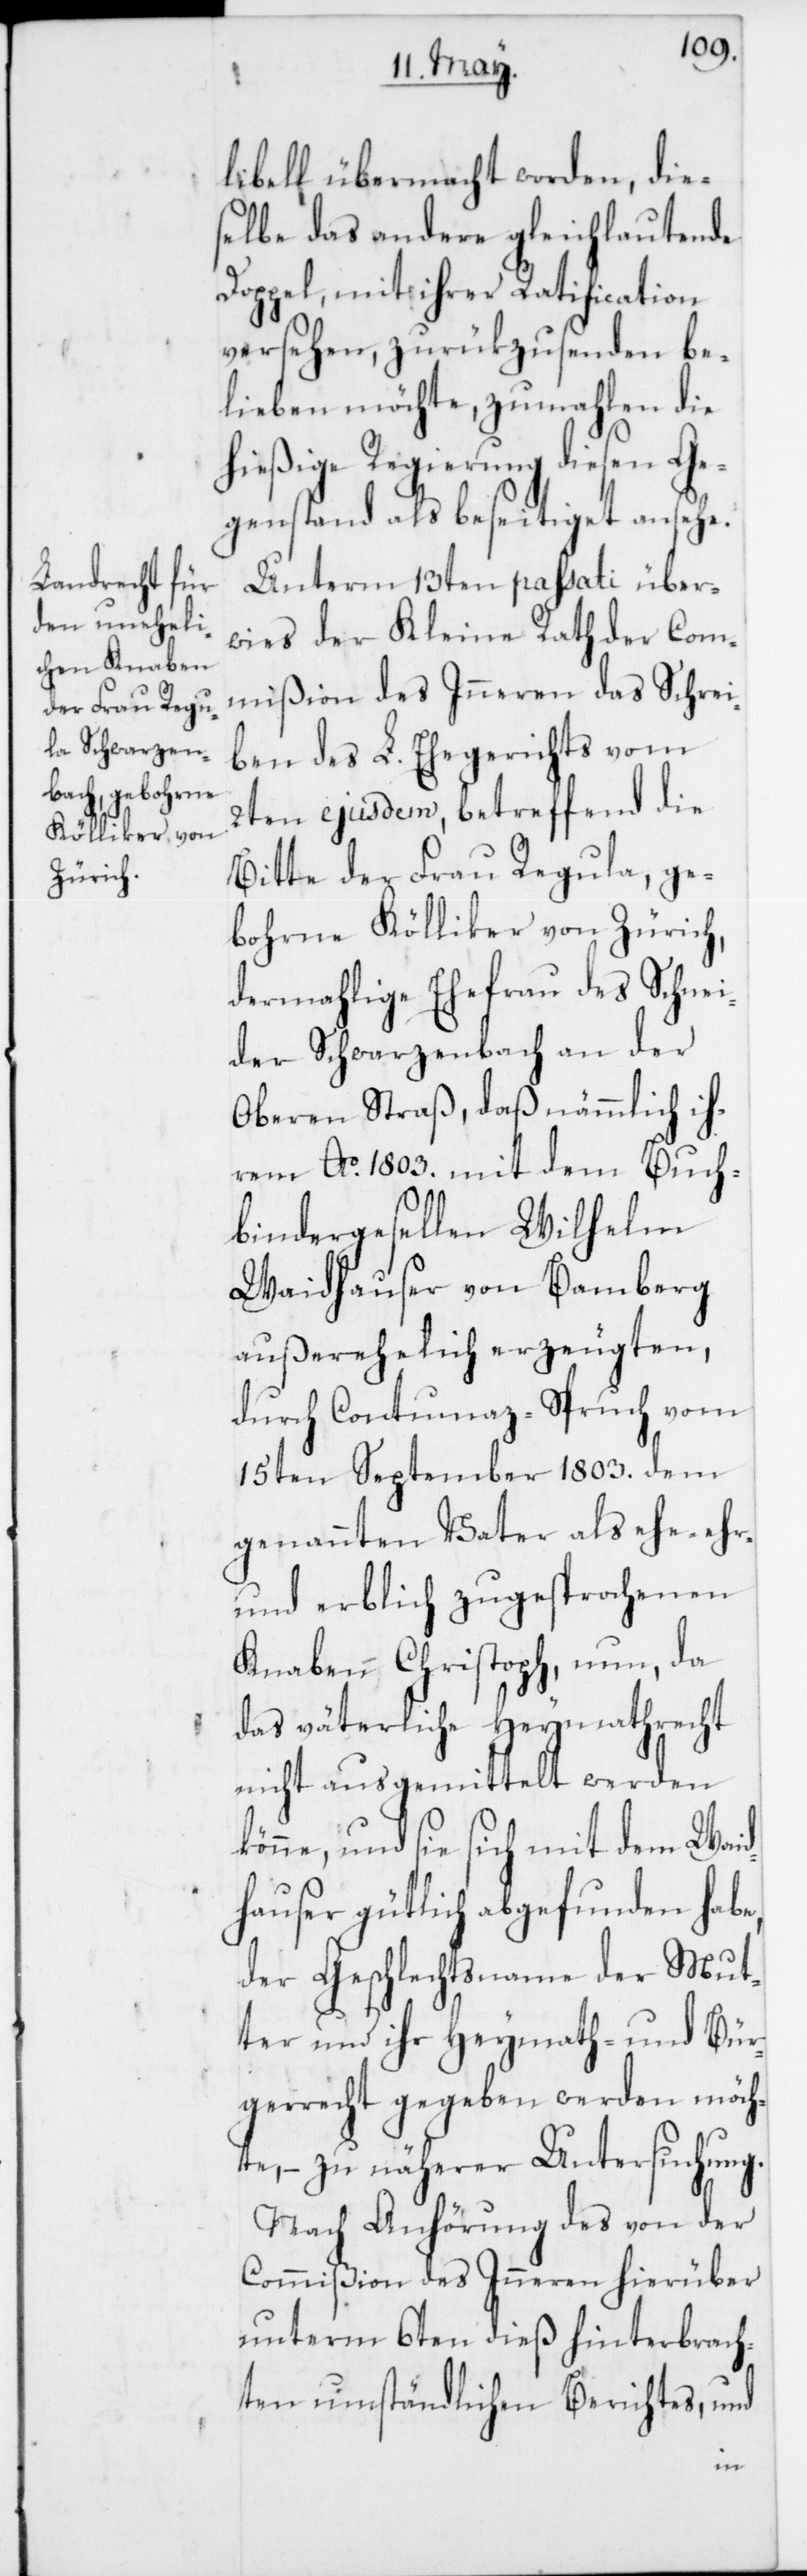
libell übermacht worden, die¬
selbe das andere gleichlautende
Doppel, mit ihrer Ratification
versehen, zurükzusenden be¬
lieben möchte, zumahlen die
hießige Regierung diesen Ge¬
genstand als beseitiget ansehe.
Unterm 13ten passati über¬
wies der Kleine Rath der Com¬
mißion des Inneren das Schrei¬
ben des L. Ehegerichts vom
2ten ejusdem, betreffend die
Bitte der Frau Regula, ge¬
bohrne Kölliker von Zürich,
dermahlige Ehefrau des Schnei¬
der Schwarzenbach an der
Oberen Straß, daß nämmlich ih¬
rem Ao. 1803. mit dem Buch¬
bindergesellen Wilhelm
Waidhauser von Bamberg
außerehelich erzeugten,
durch Contumaz-Spruch vom
15ten September 1803. dem
genannten Vater als ehe-, ehr-
und erblich zugesprochenen
Knaben Christoph, nun, da
das väterliche Heymathrecht
nicht ausgemittelt werden
könne, und sie sich mit dem Waid¬
hauser gütlich abgefunden habe,
der Geschlechtsname der Mut¬
ter und ihr Heymath- und Bür¬
gerrecht gegeben werden möch¬
te, – zu näherer Untersuchung.
Nach Anhörung des von der
Commißion des Inneren hierüber
unterm 6ten dieß hinterbrach¬
ten umständlichen Berichtes, und